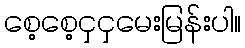
စေ့စေ့ငှငှမေးမြန်းပါ။